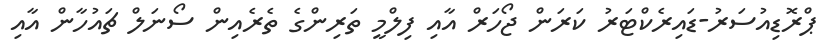
ޕްރޮޑިއުސަރު-ޑައިރެކްޓަރު ކަރަން ޖޯހަރް އާއި ފިލްމީ ތަރިންގެ ތެރެއިން ސޯނަލް ޗައުހާން އާއި